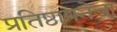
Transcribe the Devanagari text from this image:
प्रतिष्ठापनेचा